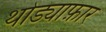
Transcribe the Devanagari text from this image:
थोड्याफ़ार